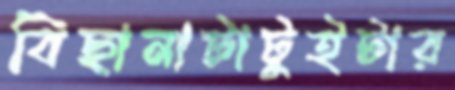
বিছানাটাটুইটার